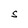
Character: S